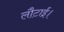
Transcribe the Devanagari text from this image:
लौटाई।